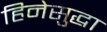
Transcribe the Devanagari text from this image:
हिनेसुद्धा